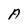
Character: A